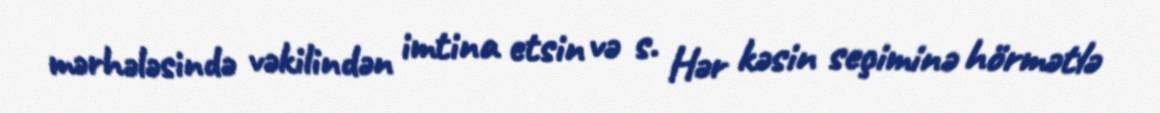
mərhələsində vəkilindən imtina etsin və s. Hər kəsin seçiminə hörmətlə